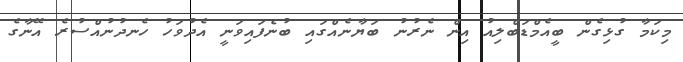
މިކަމާ ގުޅިގެން ބީއެމްޑަބްލިއު އިން ނެރުނު ބަޔާނެއްގައި ބުނެފައިވަނީ އެދުވަހު ހެނދުނުއްސުރެ އޭނާގެ